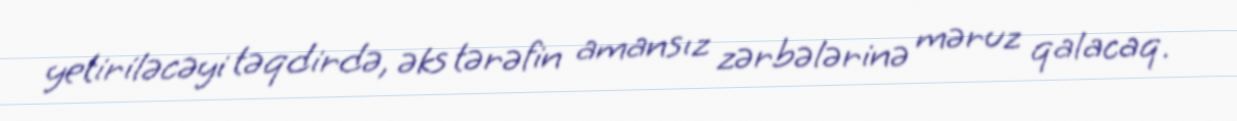
yetiriləcəyi təqdirdə, əks tərəfin amansız zərbələrinə məruz qalacaq.